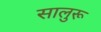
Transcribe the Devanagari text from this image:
सालुरू